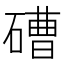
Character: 𥕢